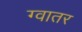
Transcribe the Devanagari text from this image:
ग्वातर